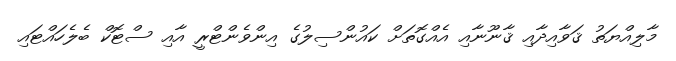
މާލިއްޔަތު ޤަވާއިދާއި ޤާނޫނާއި އެއްގޮތަށް ކައުންސިލުގެ އިންވެންޓްރީ އާއި ސްޓޮކް ބެލެހައްޓައި